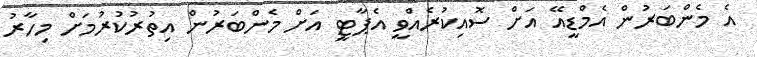
އެ މެންބަރުން އެމްޑީއޭ އަށް ސޮއިކުރެއްވީ އެޕާޓީ އަށް މެންބަރުން އިތުރުކުރުމަށް މިހާރު